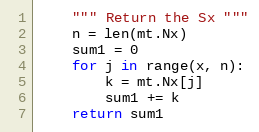
Language: Python
    """ Return the Sx """
    n = len(mt.Nx)
    sum1 = 0
    for j in range(x, n):
        k = mt.Nx[j]
        sum1 += k
    return sum1